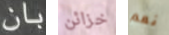
بان خزائن نعم